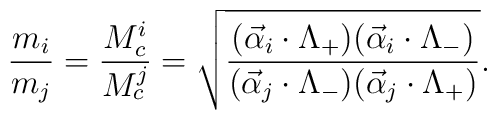
\frac{m_i}{m_j}=\frac{M_{c}^{i}}{M_{c}^j}=\sqrt{ \frac{(\vec{\alpha}_i \cdot \Lambda_{+}) (\vec{\alpha}_i \cdot \Lambda_{-})}{(\vec{\alpha}_j \cdot \Lambda_{-}) (\vec{\alpha}_j \cdot \Lambda_{+})}}.